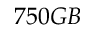
7 5 0 G B